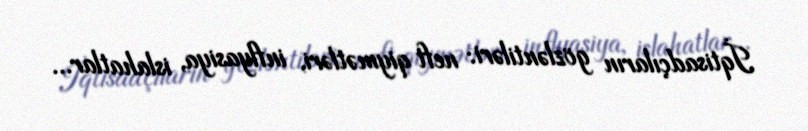
İqtisadçıların gözləntiləri: neft qiymətləri, inflyasiya, islahatlar...